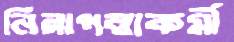
নিরাপত্তাকর্মী